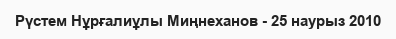
Рүстем Нұрғалиұлы Миңнеханов - 25 наурыз 2010